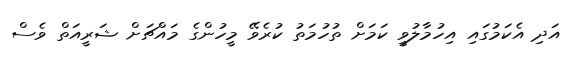
އަދި އެކަމުގައި އިހުމާލުވީ ކަމަށް ތުހުމަތު ކުރެވޭ މީހުންގެ މައްޗަށް ޝަރީއަތް ވެސް